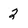
Character: 2